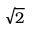
\sqrt { 2 }